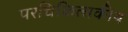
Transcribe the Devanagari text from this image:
परचिकित्सकीय